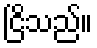
ငြိသည်။